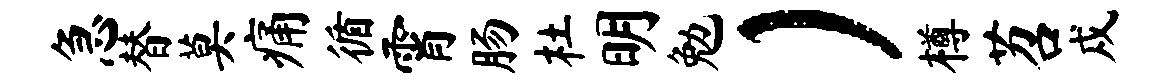
急替莫痛循霄肠杜明勉）樽苕戍